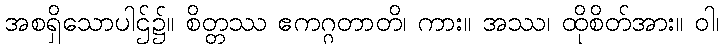
အစရှိသောပါဌ်၌။ စိတ္တဿ ဧကဂ္ဂတာတိ၊ ကား။ အဿ၊ ထိုစိတ်အား။ ဝါ၊